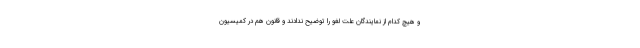
و هیچ کدام از نمایندگان علت لغو را توضیح ندادند و قانون هم در کمیسیون